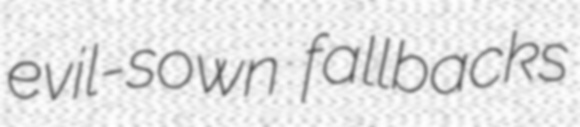
evil-sown fallbacks